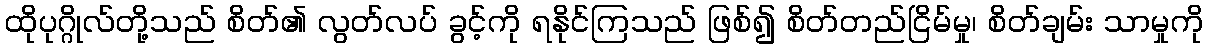
ထိုပုဂ္ဂိုလ်တို့သည် စိတ်၏ လွတ်လပ် ခွင့်ကို ရနိုင်ကြသည် ဖြစ်၍ စိတ်တည်ငြိမ်မှု၊ စိတ်ချမ်း သာမှုကို